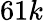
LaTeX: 61k